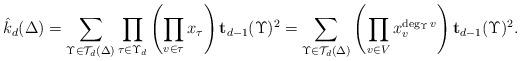
LaTeX: \begin{align*}\hat{k}_d(\Delta)=\sum_{\Upsilon\in\mathcal{T}_d(\Delta)}\prod_{\tau \in \Upsilon_d}\left(\prod_{v \in \tau} x_{\tau}\right){\mathbf{t}_{d-1}(\Upsilon)^2}=\sum_{\Upsilon\in\mathcal{T}_d(\Delta)}\left(\prod_{v \in V}x_{v}^{\deg_\Upsilon v}\right){\mathbf{t}_{d-1}(\Upsilon)^2}.\end{align*}